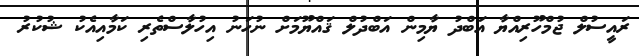
ރައީސުލް ޖުމްހޫރިއްޔާ އަބްދު ޔާމިން އަބްދުލް ޤައްޔޫމަށް ނުހަނު އިހުލާސްތެރި ކަމާއިއެކު ޝުކުރު